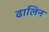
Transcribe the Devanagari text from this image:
ढालिन